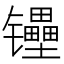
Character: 𰿉